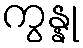
ကွန္နု